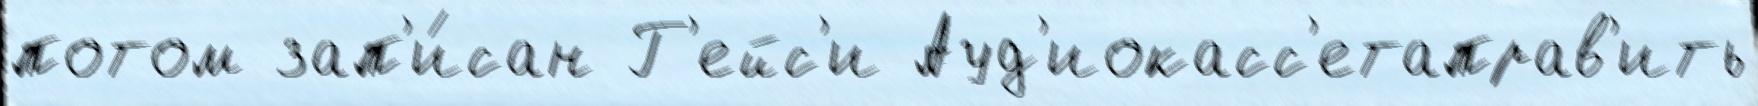
потом зап'и́сан Г'ейс'и Ауд'иокасс'етаправ'ить